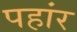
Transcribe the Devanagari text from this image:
पहांर